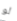
لو